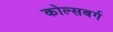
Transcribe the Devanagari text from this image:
कोल्सबर्ग